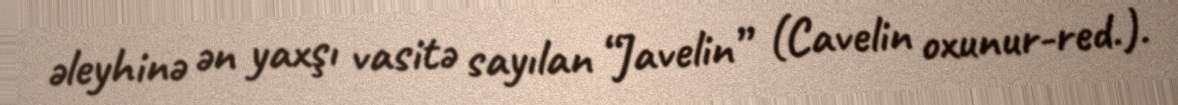
əleyhinə ən yaxşı vasitə sayılan “Javelin” (Cavelin oxunur-red.).